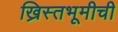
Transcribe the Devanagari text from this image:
ख्रिस्तभूमीची